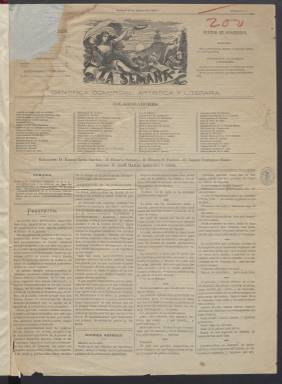
Título: La Semana científica comercial artística y literaria
Colección: Periódicos
Ámbito geográfico: Madrid
Lugar de publicación: Madrid
Fechas: 05/03/1877-17/06/1877